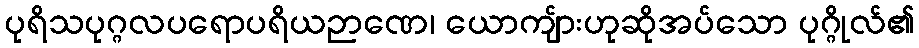
ပုရိသပုဂ္ဂလပရောပရိယဉာဏေ၊ ယောကျ်ားဟုဆိုအပ်သော ပုဂ္ဂိုလ်၏